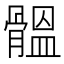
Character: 䯠